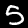
Label: 5